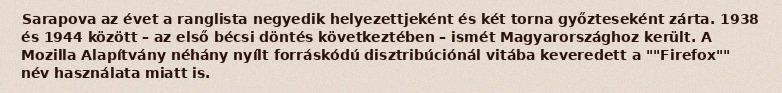
Sarapova az évet a ranglista negyedik helyezettjeként és két torna győzteseként zárta. 1938 és 1944 között – az első bécsi döntés következtében – ismét Magyarországhoz került. A Mozilla Alapítvány néhány nyílt forráskódú disztribúciónál vitába keveredett a ""Firefox"" név használata miatt is.